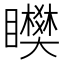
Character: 𥌞